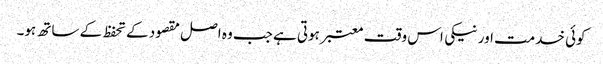
کوئی خدمت اور نیکی اس وقت معتبر ہوتی ہے جب وہ اصل مقصود کے تحفظ کے ساتھ ہو۔